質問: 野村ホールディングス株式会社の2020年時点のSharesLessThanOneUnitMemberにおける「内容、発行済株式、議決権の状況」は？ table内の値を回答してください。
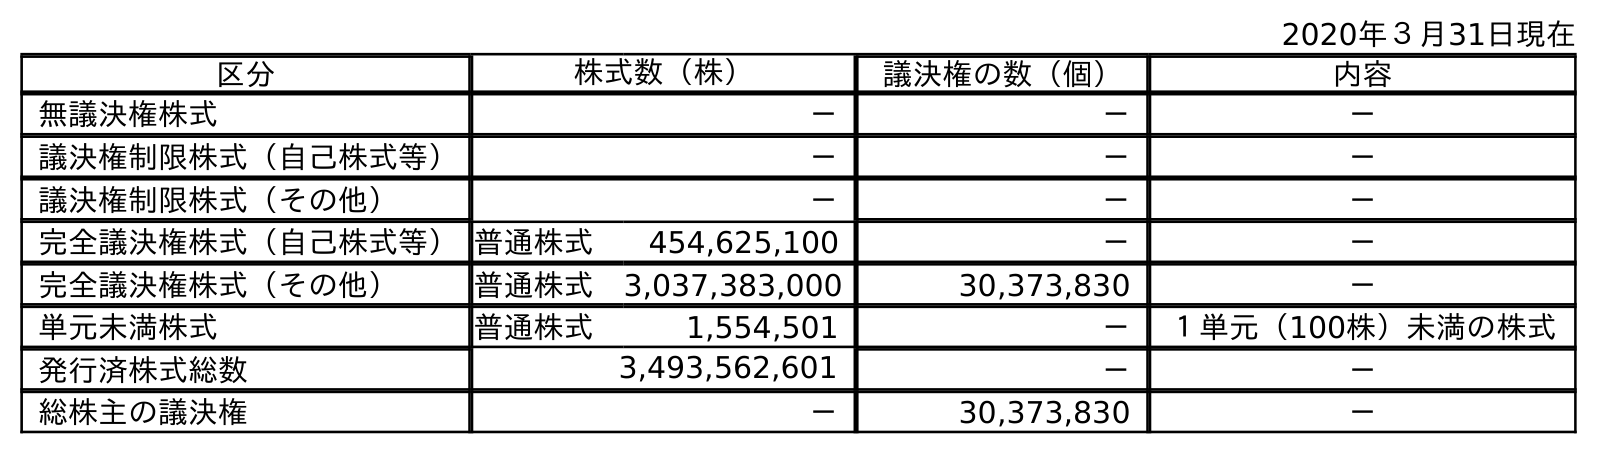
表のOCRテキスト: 2020年３月31日現在 区分 株式数（株） 議決権の数（個） 内容 無議決権株式 － － － 議決権制限株式（自己株式等） － － － 議決権制限株式（その他） － － － 完全議決権株式（自己株式等）普通株式 454,625,100 － － 完全議決権株式（その他） 普通株式 3,037,383,000 30,373,830 － 単元未満株式 普通株式 1,554,501 － １単元（100株）未満の株式 発行済株式総数 3,493,562,601 － － 総株主の議決権 － 30,373,830 －
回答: １単元（100株）未満の株式